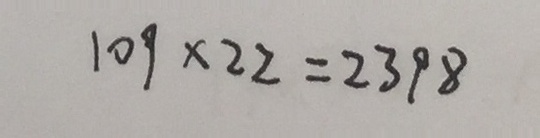
1 0 9 \times 2 2 = 2 3 9 8